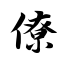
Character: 僚